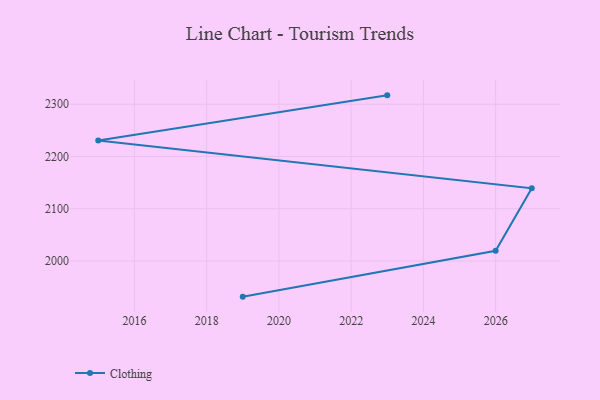
{"axis": {"x": "Year", "y": "Website Visitors"}, "legend": ["Clothing"], "data": [{"x": "2019", "y": 1931.8, "type": "Clothing"}, {"x": "2026", "y": 2019.5, "type": "Clothing"}, {"x": "2027", "y": 2139.3, "type": "Clothing"}, {"x": "2015", "y": 2230.7, "type": "Clothing"}, {"x": "2023", "y": 2317.0, "type": "Clothing"}]}